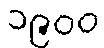
၁၉၀၀